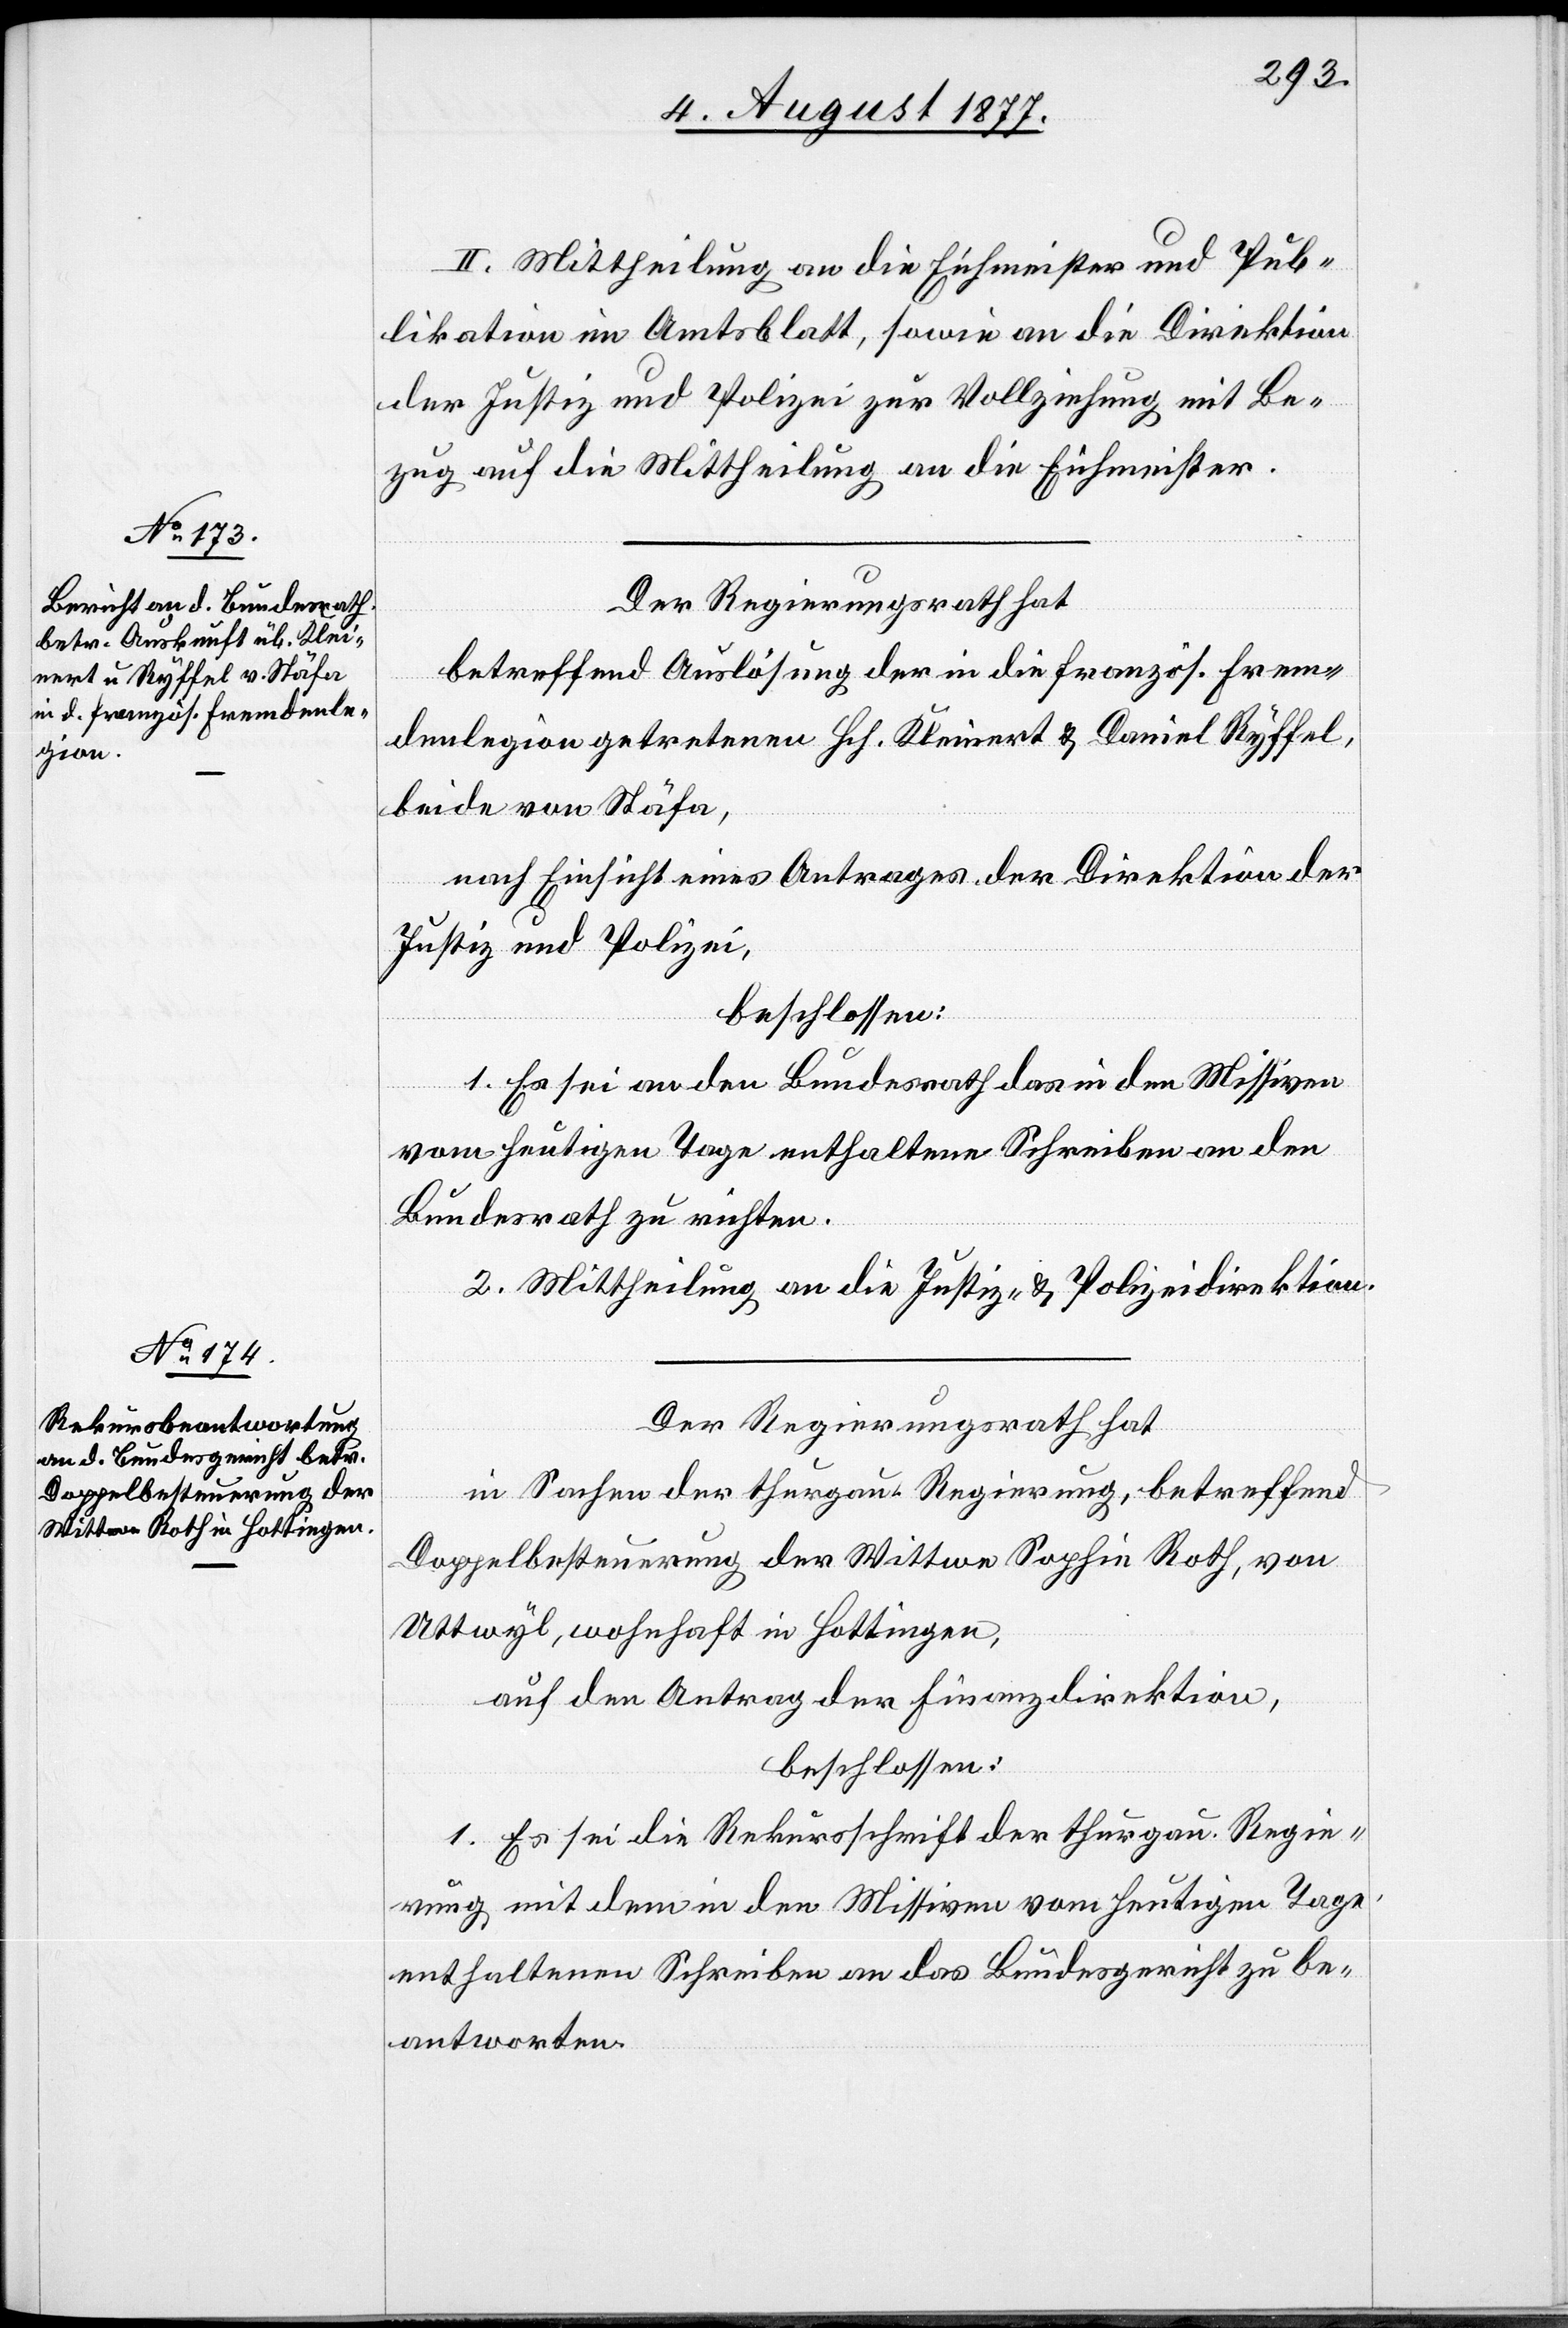
II. Mittheilung an die Eichmeister und Pub¬
likation im Amtsblatt, sowie an die Direktion
der Justiz und Polizei zur Vollziehung mit Be¬
zug auf die Mittheilung an die Eichmeister.
Der Regierungsrath hat
betreffend Auslösung der in die französ. Frem¬
denlegion getretenen Hch. Kleinert & Daniel Ryffel,
beide von Stäfa,
nach Einsicht eines Antrages der Direktion der
Justiz und Polizei,
beschlossen:
1. Es sei an den Bundesrath das in den Missiven
vom heutigen Tage enthaltene Schreiben an den
2. Mittheilung an die Justiz- & Polizeidirektion.
Der Regierungsrath hat
in Sachen der thurgau. Regierung, betreffend
Doppelbesteuerung der Wittwe Sophie Roth, von
Uttwyl, wohnhaft in Hottingen,
auf den Antrag der Finanzdirektion,
beschlossen:
1. Es sei die Rekursschrift der thurgau. Regie¬
rung mit dem in den Missiven vom heutigen Tage
enthaltenen Schreiben an das Bundesgericht zu be¬
antworten.